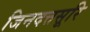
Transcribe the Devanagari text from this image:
जिनदत्तसूरि